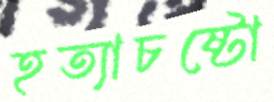
হত্যাচষ্টো